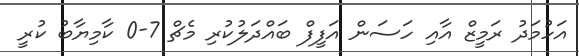
އަހުމަދު ރަމީޒް އާއި ހަސަން އަފީފް ބައްދަލުކުރި މެޗް 7-0 ކާމިޔާބު ކުރީ